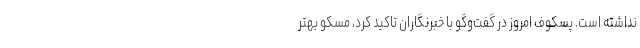
نداشته است. پسکوف امروز در گفت‌وگو با خبرنگاران تاکید کرد، مسکو بهتر